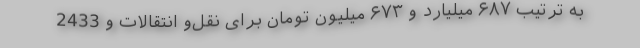
به ترتیب ۶۸۷ میلیارد و ۶۷۳ میلیون تومان برای نقل‌و انتقالات و 2433